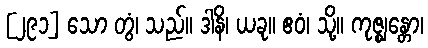
[၂၉၁] သော တွံ၊ သည်။ ဒါနိ၊ ယခု။ ဧဝံ၊ သို့။ ကုဇ္ဈန္တော၊